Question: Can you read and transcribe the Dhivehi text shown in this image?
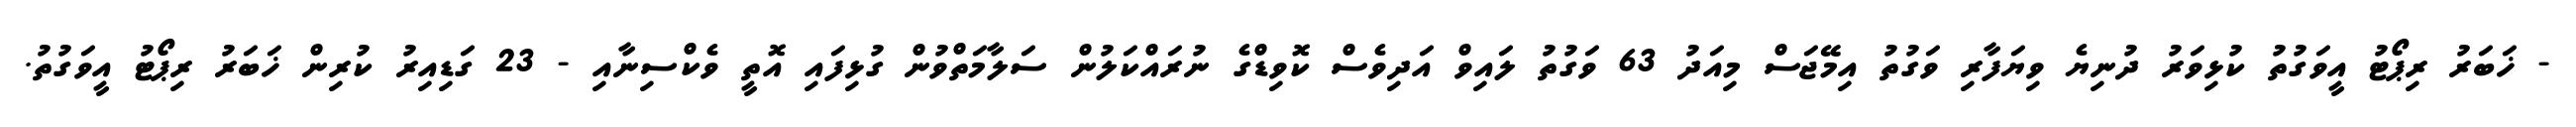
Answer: - ޚަބަރު ރިޕޯޓު އީވަގުތު ކުޅިވަރު ދުނިޔެ ވިޔަފާރި ވަގުތު އިމޭޖަސް މިއަދު 63 ވަގުތު ލައިވް އަދިވެސް ކޮވިޑްގެ ނުރައްކަލުން ސަލާމަތްވުން ގުޅިފައި އޮތީ ވެކްސިނާއި - 23 ގަޑިއިރު ކުރިން ޚަބަރު ރިޕޯޓު އީވަގުތު.